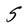
Character: S